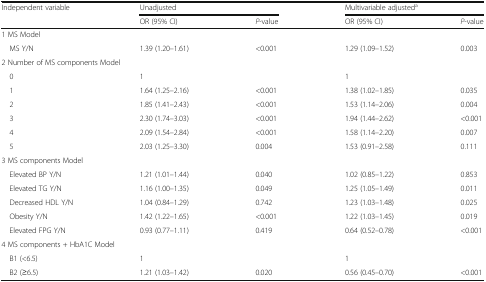
| <ROWSPAN=2> Independent variable | <COLSPAN=2> Unadjusted | <COLSPAN=2> Multivariable adjusteda |
 | OR (95% CI) | P-value | OR (95% CI) | P-value |
 | --- | --- | --- | --- | --- |
 | <COLSPAN=5> 1 MS Model |
 | MS Y/N | 1.39 (1.20–1.61) | <0.001 | 1.29 (1.09–1.52) | 0.003 |
 | <COLSPAN=5> 2 Number of MS components Model |
 | 0 | 1 |  | 1 |  |
 | 1 | 1.64 (1.25–2.16) | <0.001 | 1.38 (1.02–1.85) | 0.035 |
 | 2 | 1.85 (1.41–2.43) | <0.001 | 1.53 (1.14–2.06) | 0.004 |
 | 3 | 2.30 (1.74–3.03) | <0.001 | 1.94 (1.44–2.62) | <0.001 |
 | 4 | 2.09 (1.54–2.84) | <0.001 | 1.58 (1.14–2.20) | 0.007 |
 | 5 | 2.03 (1.25–3.30) | 0.004 | 1.53 (0.91–2.58) | 0.111 |
 | <COLSPAN=5> 3 MS components Model |
 | Elevated BP Y/N | 1.21 (1.01–1.44) | 0.040 | 1.02 (0.85–1.22) | 0.853 |
 | Elevated TG Y/N | 1.16 (1.00–1.35) | 0.049 | 1.25 (1.05–1.49) | 0.011 |
 | Decreased HDL Y/N | 1.04 (0.84–1.29) | 0.742 | 1.23 (1.03–1.48) | 0.025 |
 | Obesity Y/N | 1.42 (1.22–1.65) | <0.001 | 1.22 (1.03–1.45) | 0.019 |
 | Elevated FPG Y/N | 0.93 (0.77–1.11) | 0.419 | 0.64 (0.52–0.78) | <0.001 |
 | <COLSPAN=5> 4 MS components + HbA1C Model |
 | B1 (<6.5) | 1 |  | 1 |  |
 | B2 (≥6.5) | 1.21 (1.03–1.42) | 0.020 | 0.56 (0.45–0.70) | <0.001 |